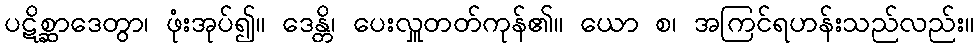
ပဋိစ္ဆာဒေတွာ၊ ဖုံးအုပ်၍။ ဒေန္တိ၊ ပေးလှူတတ်ကုန်၏။ ယော စ၊ အကြင်ရဟန်းသည်လည်း။